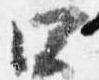
四